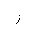
Letter: _ra